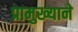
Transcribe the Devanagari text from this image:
प्रामुख्‍याने